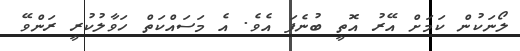
ލޯނަކުން ކަމަށް އޭރު އޮތީ ބުނެފަ އެވެ. އެ މަސައްކަތް ހަވާލުކުރީ ރަންވޭ